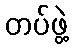
တပ်ဖွဲ့